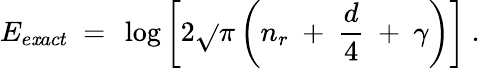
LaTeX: E_{e\mathit{x}act}\ =\ \log\left[2\sqrt{}{{\pi}}\left(n_{r}\ +\ \frac{{d}}{{4}}\ +\ \gamma\right)\right]\ .